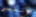
وننسى